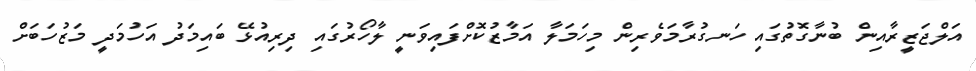
އަލްޖަޒީރާއިން ބުނާގޮތުގައި ހަނގުރާމަވެރިން މިހަމަލާ އަމާޒުކޮށްފައިވަނީ ލާހޯރުގައި ދިރިއުޅޭ ބައިމަދު އަހުމަދީ މަޒުހަބަށް